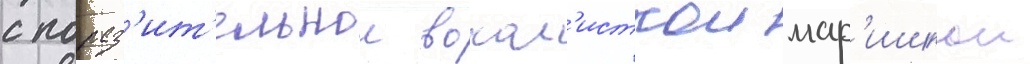
с пораз'ит'ельнои вокал'исткои мар'ишкои